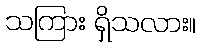
သကြား ရှိသလား။